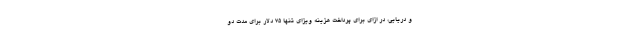
و دریایی، در ازای برای پرداخت هزینه ویزای تنها ۷۵ دلار برای مدت دو